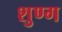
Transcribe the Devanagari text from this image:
शुण्ग